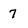
Character: 7